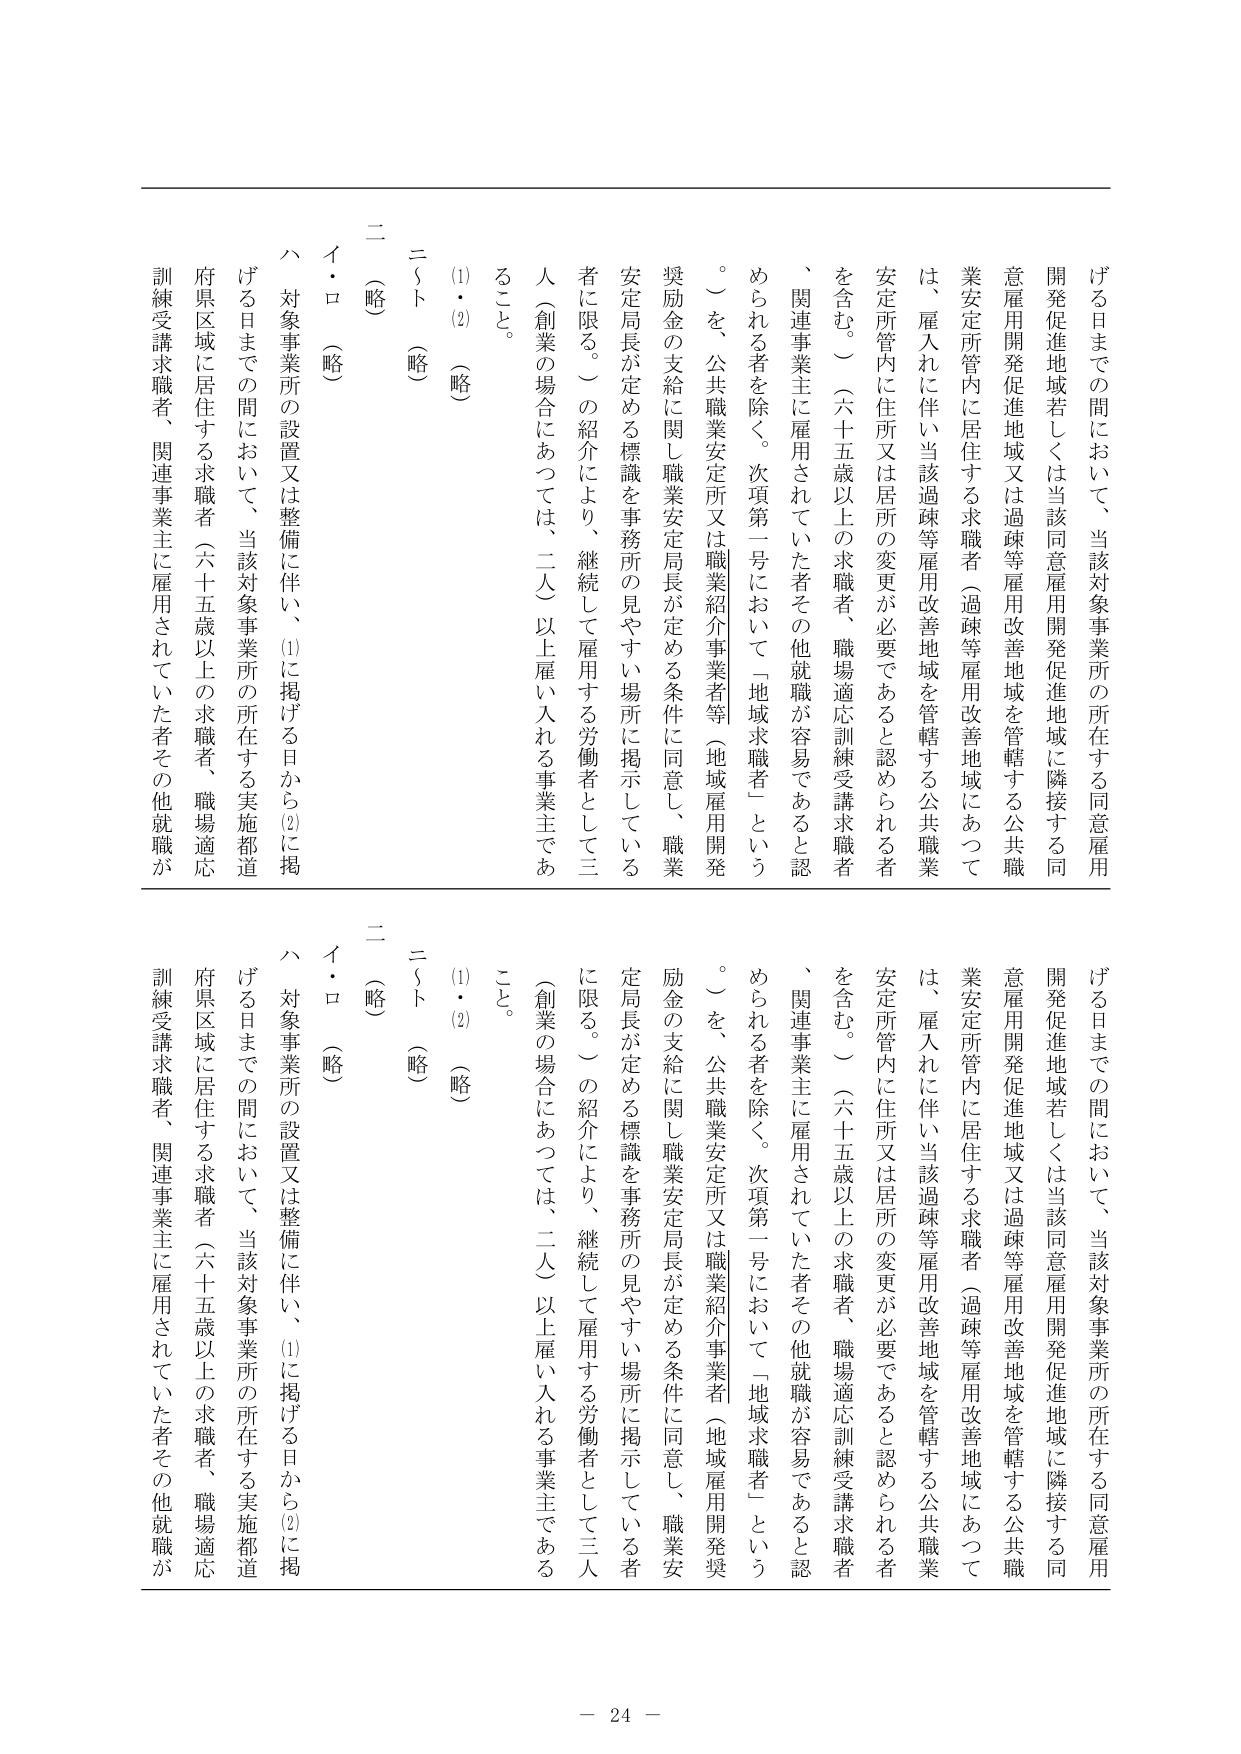
げる日までの間において、当該対象事業所の所在する同意雇用開発促進地域若しくは当該同意雇用開発促進地域に隣接する同意雇用開発促進地域又は過疎等雇用改善地域を管轄する公共職業安定所管内に居住する求職者（過疎等雇用改善地域にあっては、雇入れに伴い当該過疎等雇用改善地域を管轄する公共職業安定所管内に住所又は居所の変更が必要であると認められる者を含む。）（六十五歳以上の求職者、職場適応訓練受講求職者、関連事業主に雇用されていた者その他就職が容易であると認められる者を除く。次項第一号において「地域求職者」という。）を、公共職業安定所又は職業紹介事業者等（地域雇用開発奨励金の支給に関し職業安定局長が定める条件に同意し、職業安定局長が定める標識を事務所の見やすい場所に掲示している者に限る。）の紹介により、継続して雇用する労働者として三人（創業の場合にあっては、二人）以上雇い入れる事業主であること。

(1)・(2) （略）

二（略）

イ・ロ （略）

ハ 対象事業所の設置又は整備に伴い、(1)に掲げる日から(2)に掲げる日までの間において、当該対象事業所の所在する実施都道府県区域に居住する求職者（六十五歳以上の求職者、職場適応訓練受講求職者、関連事業主に雇用されていた者その他就職が

げる日までの間において、当該対象事業所の所在する同意雇用開発促進地域若しくは当該同意雇用開発促進地域に隣接する同意雇用開発促進地域又は過疎等雇用改善地域を管轄する公共職業安定所管内に居住する求職者（過疎等雇用改善地域にあっては、雇入れに伴い当該過疎等雇用改善地域を管轄する公共職業安定所管内に住所又は居所の変更が必要であると認められる者を含む。）（六十五歳以上の求職者、職場適応訓練受講求職者、関連事業主に雇用されていた者その他就職が容易であると認められる者を除く。次項第一号において「地域求職者」という。）を、公共職業安定所又は職業紹介事業者（地域雇用開発奨励金の支給に関し職業安定局長が定める条件に同意し、職業安定局長が定める標識を事務所の見やすい場所に掲示している者に限る。）の紹介により、継続して雇用する労働者として三人（創業の場合にあっては、二人）以上雇い入れる事業主であること。

(1)・(2) （略）

二（略）

イ・ロ （略）

ハ 対象事業所の設置又は整備に伴い、(1)に掲げる日から(2)に掲げる日までの間において、当該対象事業所の所在する実施都道府県区域に居住する求職者（六十五歳以上の求職者、職場適応訓練受講求職者、関連事業主に雇用されていた者その他就職が

－ 24 －